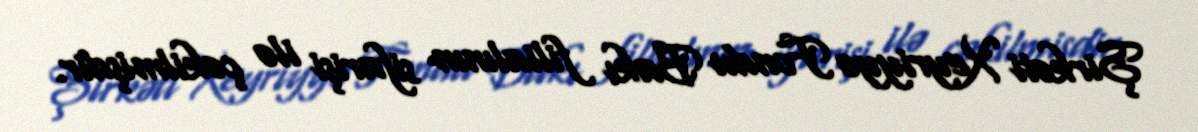
Şirkəti Xeyriyyə Fondu Bakı filialının sifarişi ilə çəkilmişdir.